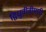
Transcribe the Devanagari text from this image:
द्विध्रुवीबीमारी